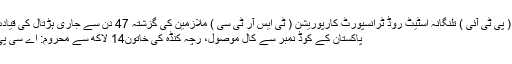
/20 نومبر، ( پی ٹی آئی ) تلنگانہ اسٹیٹ روڈ ٹرانسپورٹ کارپوریشن ( ٹی ایس آر ٹی سی ) ملازمین کی گزشتہ 47 دن سے جاری ہڑتال کی قیادت کرنے …
پاکستان کے کوڈ نمبر سے کال موصول، رچہ کنڈہ کی خاتون14 لاکھ سے محروم: اے سی پی وشاکھاپٹنم۔